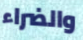
والضراء